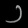
Digit: ၁